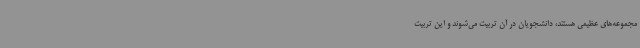
مجموعه‌های عظیمی هستند، دانشجویان در آن‌ تربیت می‌شوند و این تربیت